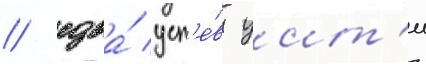
/ едва́ усп'е́в уит'и